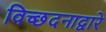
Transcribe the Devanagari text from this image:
विच्छदनाद्वारे